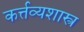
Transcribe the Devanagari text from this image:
कर्त्तव्यशास्त्र